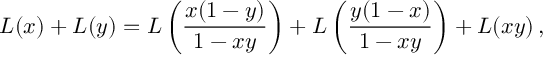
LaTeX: L ( x ) + L ( y ) = L \left( \frac { x ( 1 - y ) } { 1 - x y } \right) + L \left( \frac { y ( 1 - x ) } { 1 - x y } \right) + L ( x y ) \, ,